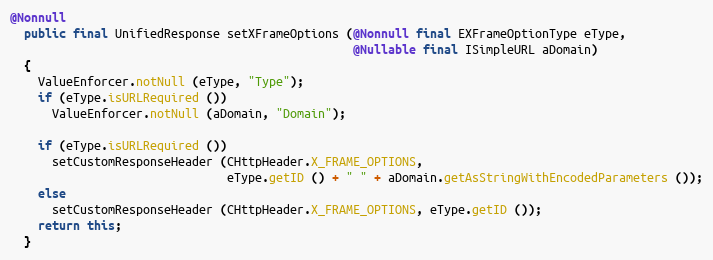
Language: Java
@Nonnull
  public final UnifiedResponse setXFrameOptions (@Nonnull final EXFrameOptionType eType,
                                                 @Nullable final ISimpleURL aDomain)
  {
    ValueEnforcer.notNull (eType, "Type");
    if (eType.isURLRequired ())
      ValueEnforcer.notNull (aDomain, "Domain");

    if (eType.isURLRequired ())
      setCustomResponseHeader (CHttpHeader.X_FRAME_OPTIONS,
                               eType.getID () + " " + aDomain.getAsStringWithEncodedParameters ());
    else
      setCustomResponseHeader (CHttpHeader.X_FRAME_OPTIONS, eType.getID ());
    return this;
  }